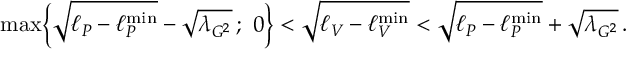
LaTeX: \mathrm { m a x } \Big \{ \sqrt { \ell _ { P } - \ell _ { P } ^ { \mathrm { m i n } } } - \sqrt { \lambda _ { G ^ { 2 } } } \, ; \, \, 0 \Big \} < \sqrt { \ell _ { V } - \ell _ { V } ^ { \mathrm { m i n } } } < \sqrt { \ell _ { P } - \ell _ { P } ^ { \mathrm { m i n } } } + \sqrt { \lambda _ { G ^ { 2 } } } \, .